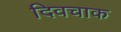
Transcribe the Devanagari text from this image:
दिवचाक